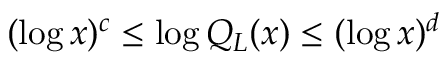
( \log x ) ^ { c } \leq \log Q _ { L } ( x ) \leq ( \log x ) ^ { d }